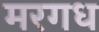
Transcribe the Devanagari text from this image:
मरगध